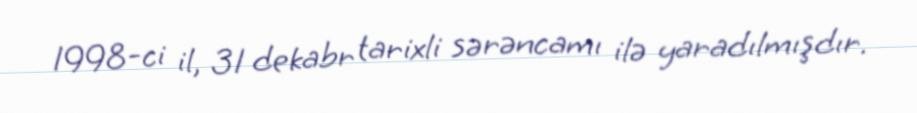
1998-ci il, 31 dekabr tarixli sərəncamı ilə yaradılmışdır.